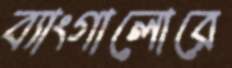
ব্যাংগালোরে